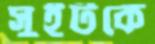
সুইটকে